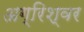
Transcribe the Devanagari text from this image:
अग्रिश्वर